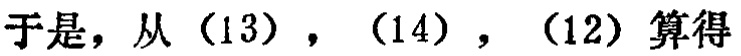
于是，从（13），（14），（12）算得